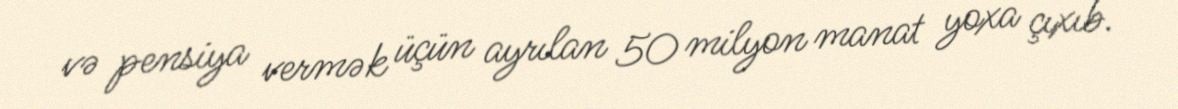
və pensiya vermək üçün ayrılan 50 milyon manat yoxa çıxıb.